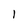
Character: 1